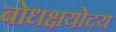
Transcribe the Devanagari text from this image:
बोधक्षयोदय